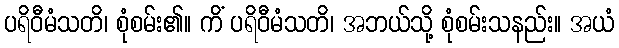
ပရိဝီမံသတိ၊ စုံစမ်း၏။ ကိံ ပရိဝီမံသတိ၊ အဘယ်သို့ စုံစမ်းသနည်း။ အယံ